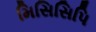
મિસિસિપિ